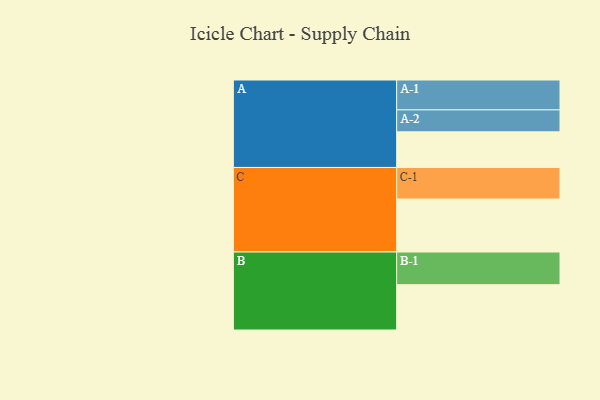
{"axis": {"x": "Segment", "y": "Value"}, "legend": ["", "A", "B", "C"], "data": [{"x": "A", "y": 316, "type": ""}, {"x": "B", "y": 402, "type": ""}, {"x": "C", "y": 470, "type": ""}, {"x": "A-1", "y": 265, "type": "A"}, {"x": "A-2", "y": 195, "type": "A"}, {"x": "B-1", "y": 290, "type": "B"}, {"x": "C-1", "y": 280, "type": "C"}]}